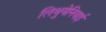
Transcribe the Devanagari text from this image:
लिथुयेनियाई